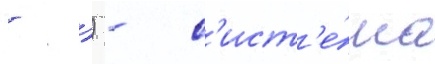
- -)) - с'ист'е́ма